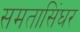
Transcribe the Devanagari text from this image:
समतासिंघर